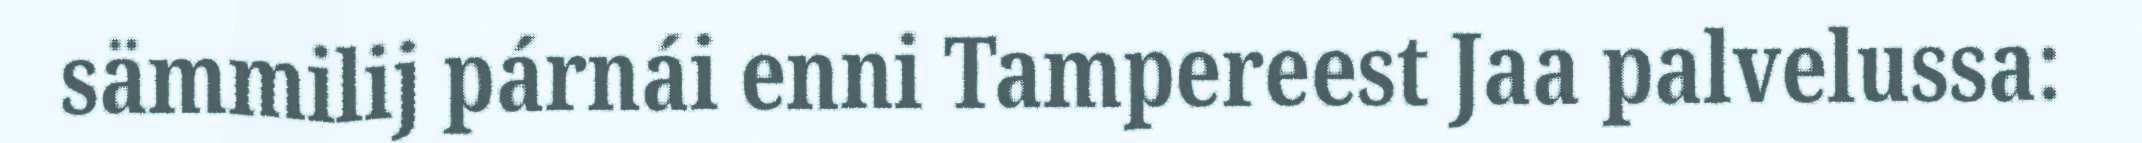
sämmilij párnái enni Tampereest Jaa palvelussa: